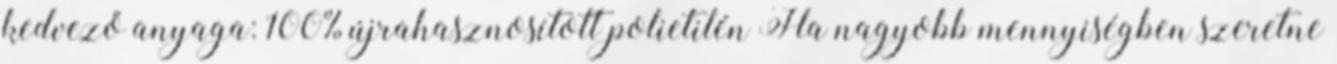
kedvező anyaga: 100% újrahasznosított polietilén Ha nagyobb mennyiségben szeretne